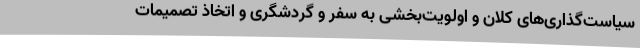
سیاست‌گذاری‌های کلان و اولویت‌بخشی به سفر و گردشگری و اتخاذ تصمیمات